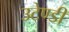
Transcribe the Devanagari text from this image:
उटेण्डी